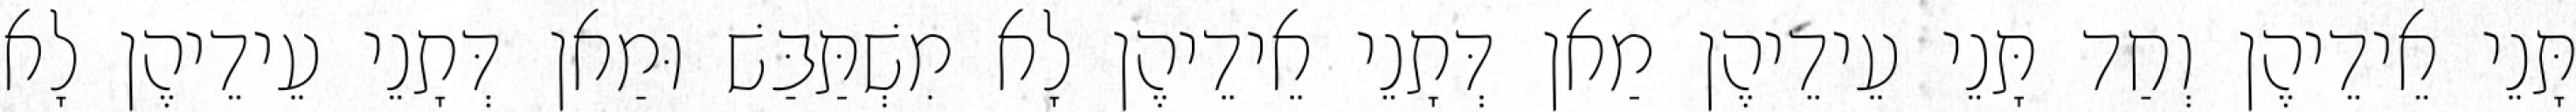
תָּנֵי אֵידֵיהֶן וְחַד תָּנֵי עֵידֵיהֶן מַאן דְּתָנֵי אֵידֵיהֶן לָא מִשְׁתַּבַּשׁ וּמַאן דְּתָנֵי עֵידֵיהֶן לָא